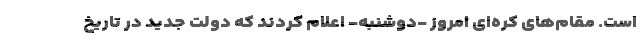
است. مقام‌های کره‌ای امروز -دوشنبه- اعلام کردند که دولت جدید در تاریخ